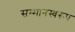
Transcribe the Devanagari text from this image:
सम्‍मानस्‍वरूप